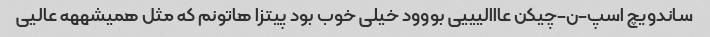
ساندویچ اسپ-ن-چیکن عااالیییی بووود خیلی خوب بود پیتزا هاتونم که مثل همیشههه عالیی